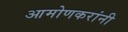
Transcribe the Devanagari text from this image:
आमोणकरांनी